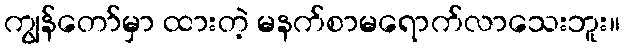
ကျွန်တော်မှာ ထားတဲ့ မနက်စာမရောက်လာသေးဘူး။